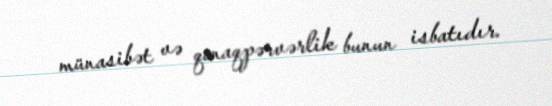
münasibət və qonaqpərvərlik bunun isbatıdır.